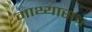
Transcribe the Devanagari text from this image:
माथ्यासच